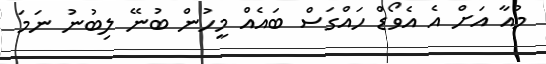
މުއާ އަށް އެ އެވޯޑް ހައްގަސް ބައެއް މީހުން ބުނޭ ލިބުނު ނަމަ